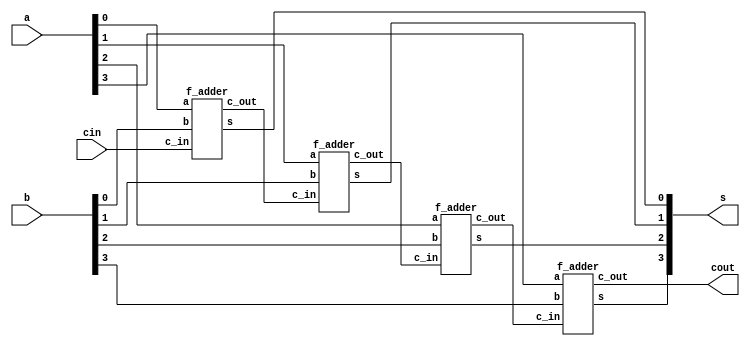
module ex04 (a, b, cin, s, cout);

	input [3:0] a;
	input [3:0] b;
	input cin;

	output [3:0] s;
	output cout;

	wire   [4:0] c;

	assign c[0] = cin;

	f_adder f_adder_01(.a(a[0]), .b(b[0]), .c_in(c[0]), .s(s[0]), .c_out(c[1]));
	f_adder f_adder_02(.a(a[1]), .b(b[1]), .c_in(c[1]), .s(s[1]), .c_out(c[2]));
	f_adder f_adder_03(.a(a[2]), .b(b[2]), .c_in(c[2]), .s(s[2]), .c_out(c[3]));
	f_adder f_adder_04(.a(a[3]), .b(b[3]), .c_in(c[3]), .s(s[3]), .c_out(c[4]));

	assign cout = c[4];

endmodule


module f_adder(a, b, c_in, s, c_out);

	input a;
	input b;
	input c_in;

	output s;
	output c_out;

	assign s = a ^ b ^ c_in;
	assign c_out = (a & b)|(b & c_in)|(a & c_in);

endmodule